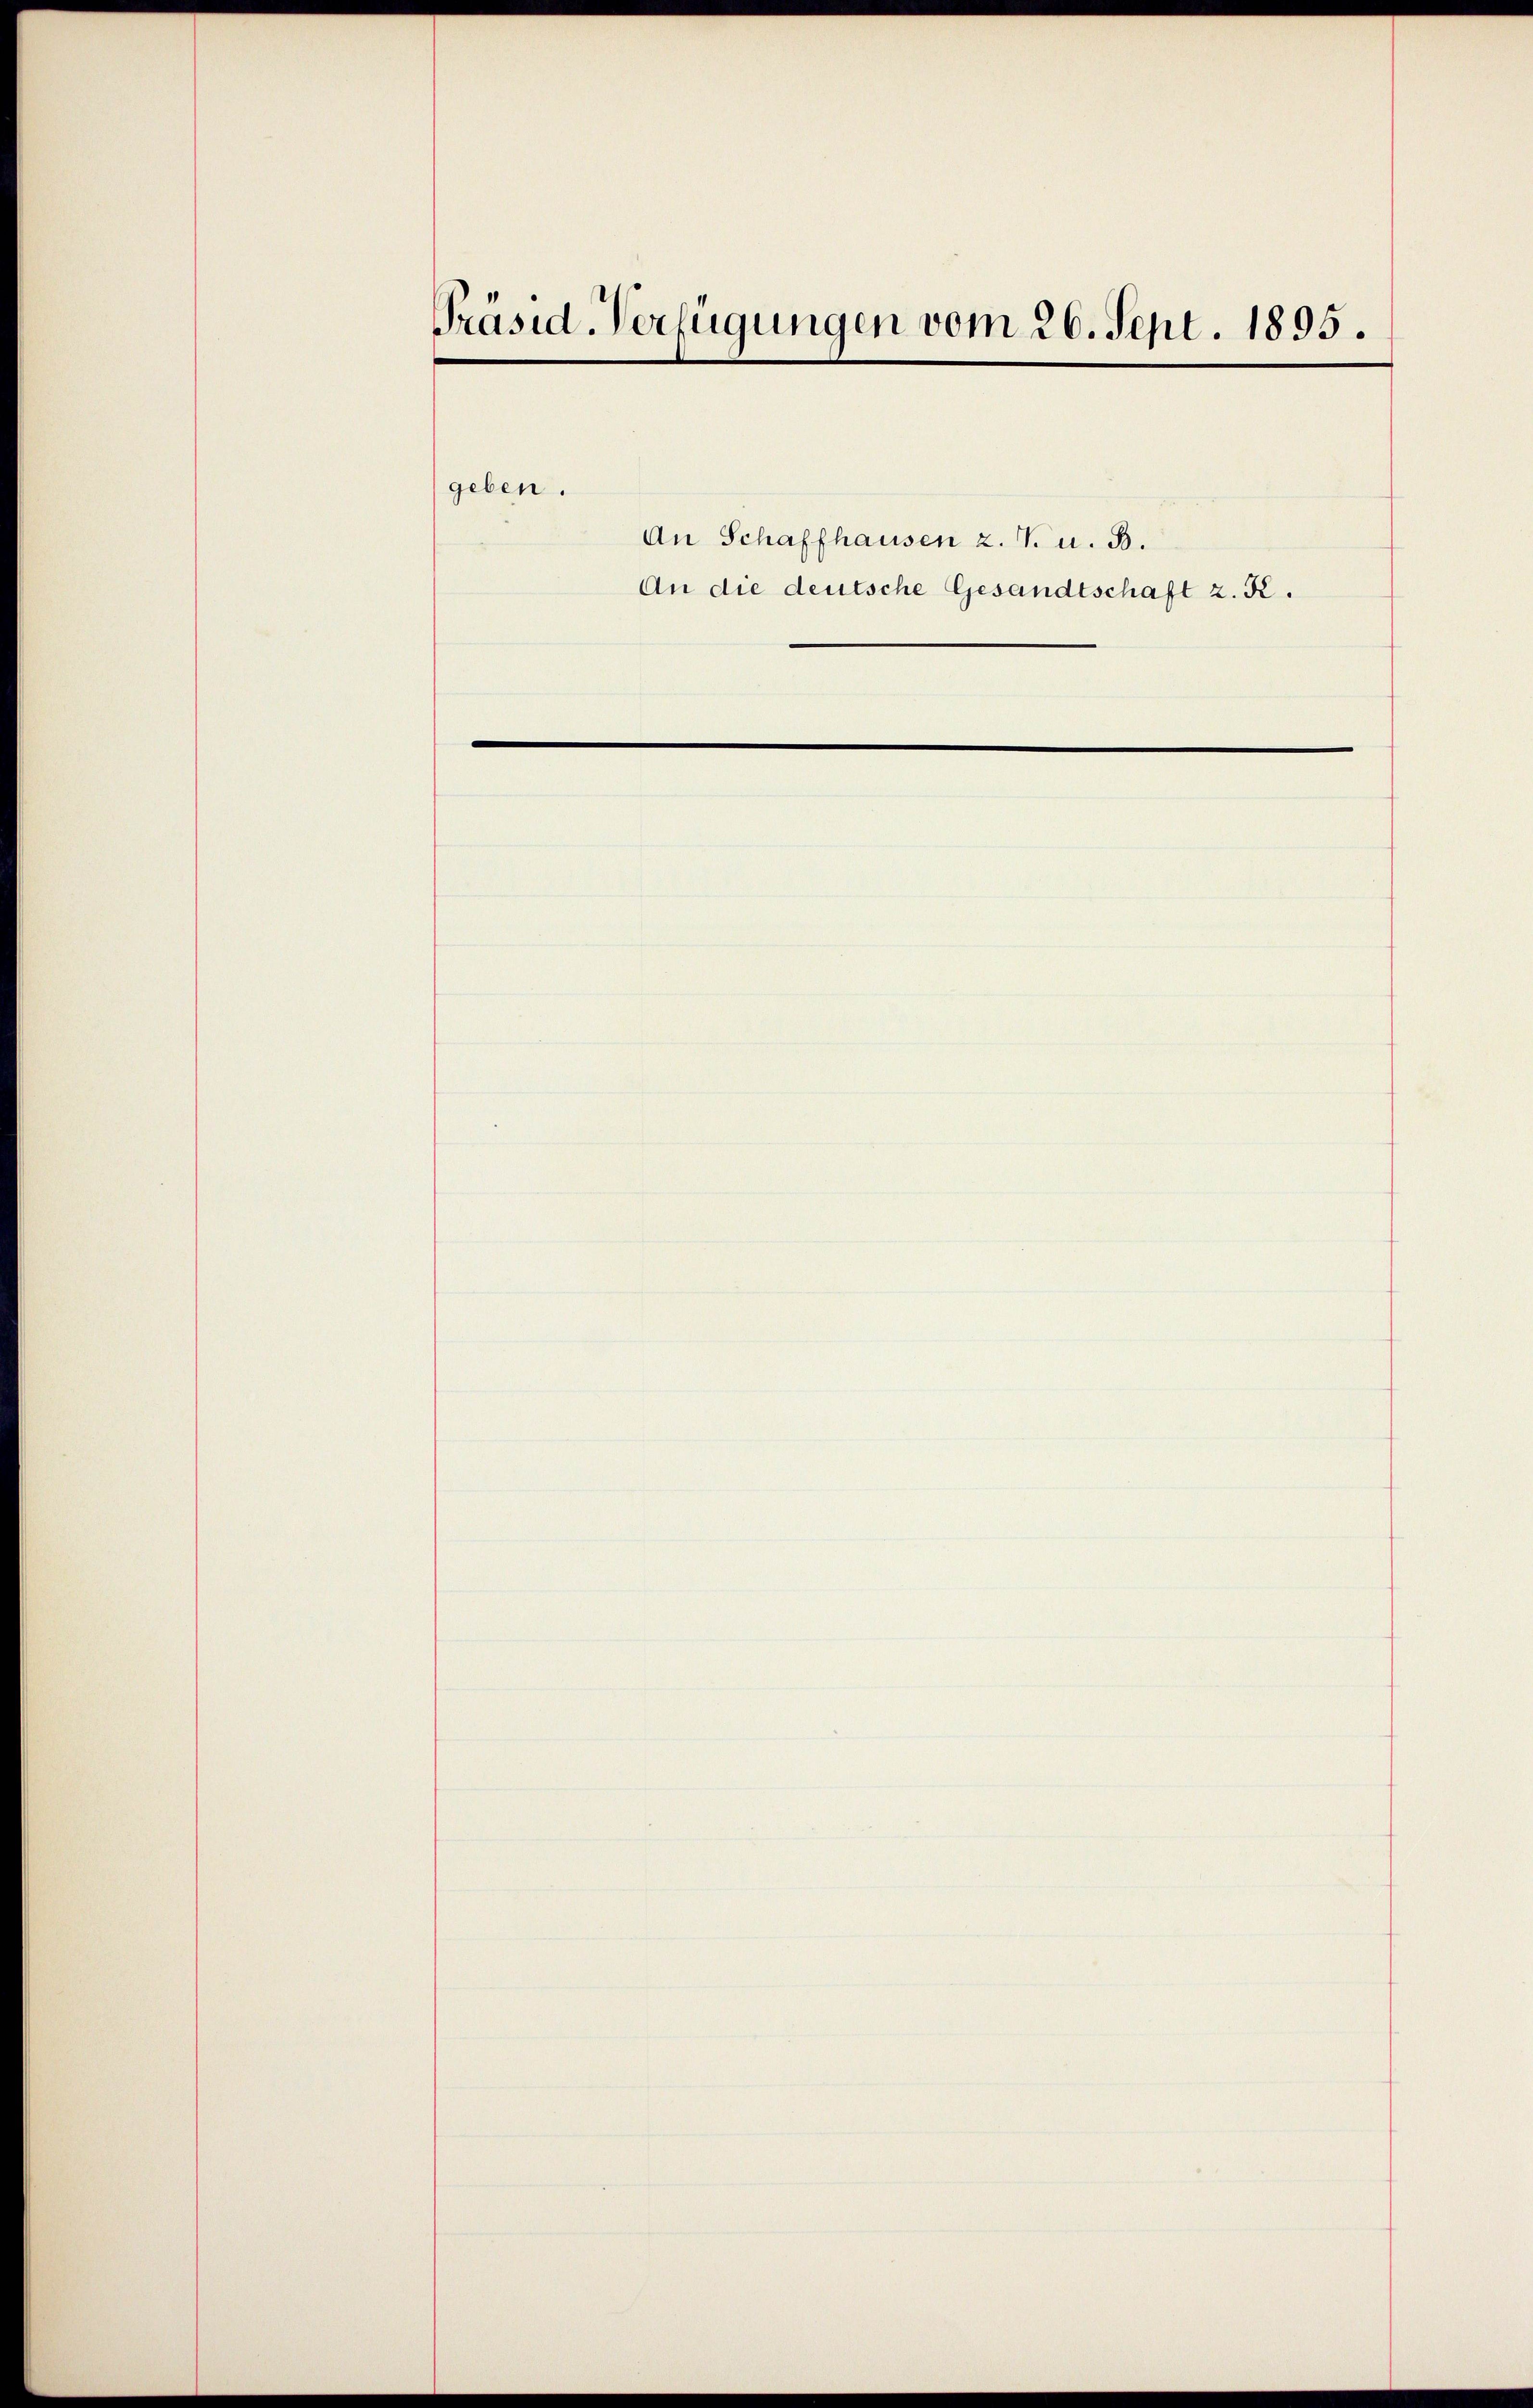
Präsid-Verfügungen vom 26. Sept. 1895.

geben.

An Schaffhausen 2. V. u. B.
An die deutsche Gesandtschaft z. R.